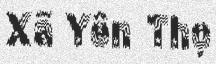
Xã Yên Thọ